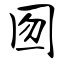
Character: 囫